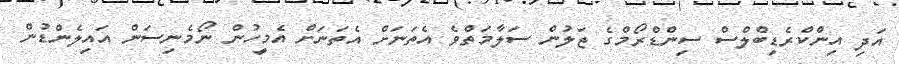
އަދި އިންކްރެޑިބްލްސް ސިންޑްރޯމްގެ ޖަލުން ސަލާމަތްވެ އެތަނަށް އެތަނަށް އެމީހުން ނޯމެނިސަން އައިލެންޑުން